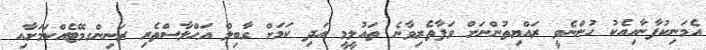
އެމަނިކުފާނާއިއެކު ހުންނެވީ ރައްޔިތުންނަށް ވަފާތެރިވާނެ ތައުލީމީ އަދި ކަމަށް ގާބިލް އަޙްލާސްތެރި ރަނިންގމޭޓެއްކަމަށާއި